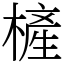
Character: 㯆